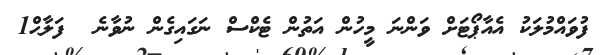
ފުވައްމުލަކު އެއާޕޯޓަށް ވަންނަ މީހުން އަތުން ޓެކްސް ނަގައިގެން ނުވާނެ  ފަލާޙް1